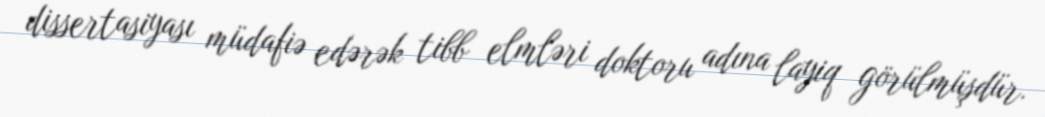
dissertasiyası müdafiə edərək tibb elmləri doktoru adına layiq görülmüşdür.